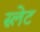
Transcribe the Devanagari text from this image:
स्‍लेट